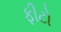
ફીટો